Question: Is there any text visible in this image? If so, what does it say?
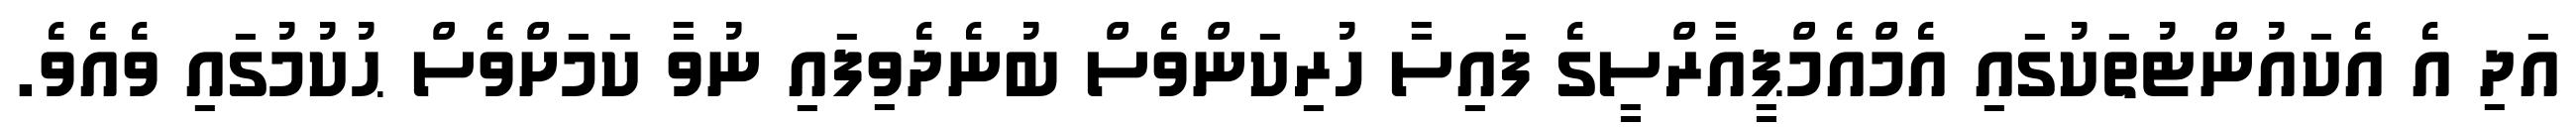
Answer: އަދި އެ އެކައުންޓުތަކުގައި އެމްއެމްޕީއާރްސީގެ ފައިސާ ހުރިކަންވެސް ބުނެދެވިފައި ނުވާ ކަމަށްވެސް ޙުކުމުގައި ވެއެވެ.